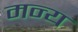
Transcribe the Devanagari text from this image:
मन्य